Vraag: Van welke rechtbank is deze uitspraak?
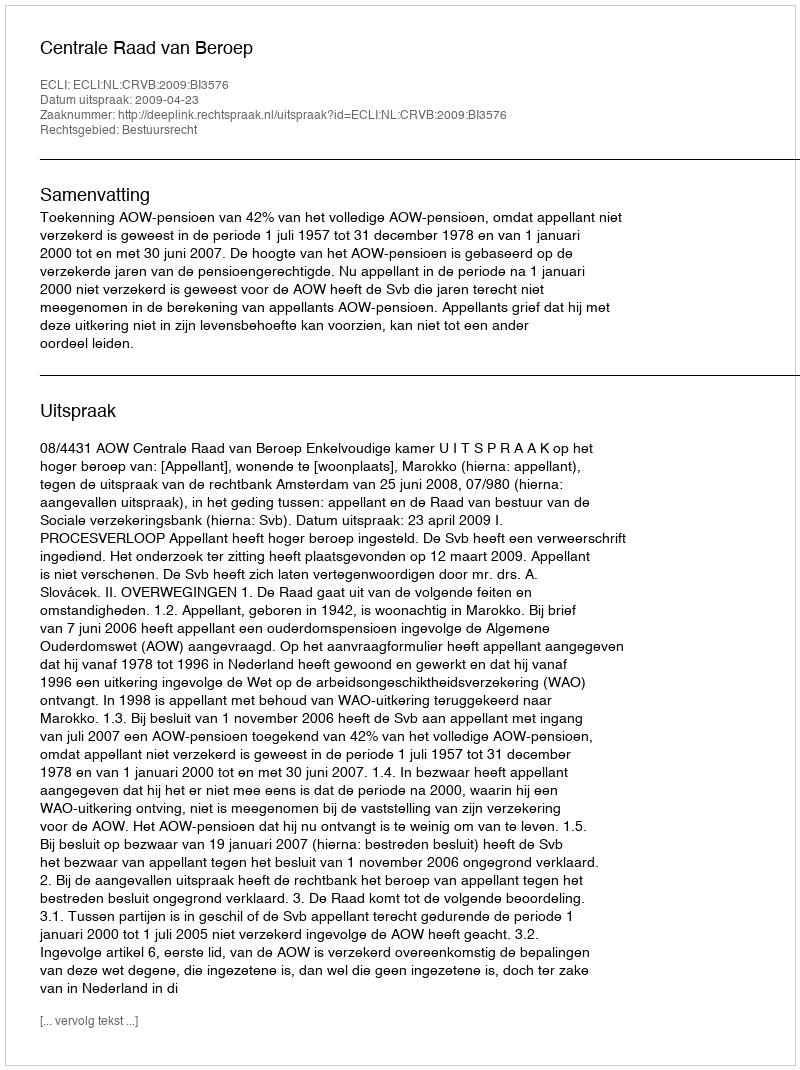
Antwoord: Centrale Raad van Beroep